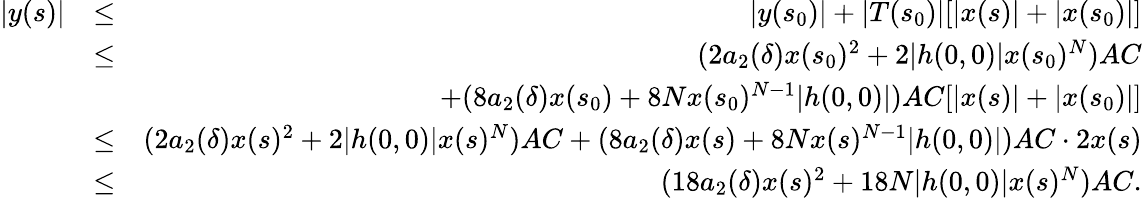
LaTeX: \begin{array}{rlr}{|y(s)|}&{\leq}&{|y(s_{0})|+|T(s_{0})|[|x(s)|+|x(s_{0})|]}\\ &{\leq}&{(2a_{2}(\delta)x(s_{0})^{2}+2|h(0,0)|x(s_{0})^{N})AC}\\ &{}&{+(8a_{2}(\delta)x(s_{0})+8Nx(s_{0})^{N-1}|h(0,0)|)AC[|x(s)|+|x(s_{0})|]}\\ &{\leq}&{(2a_{2}(\delta)x(s)^{2}+2|h(0,0)|x(s)^{N})AC+(8a_{2}(\delta)x(s)+8Nx(s)^{N-1}|h(0,0)|)AC\cdot 2x(s)}\\ &{\leq}&{(18a_{2}(\delta)x(s)^{2}+18N|h(0,0)|x(s)^{N})AC.}\end{array}